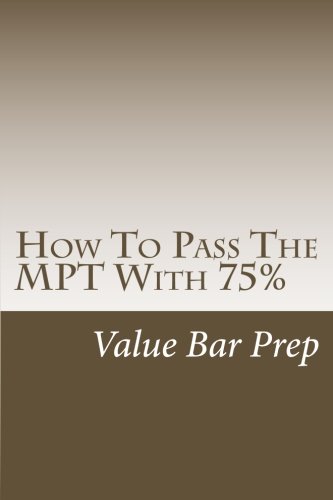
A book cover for How To Pass The MPT With 75%: 'Solutional' writing is what passes the MPT in any state; Value Bar Prep; Test Preparation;